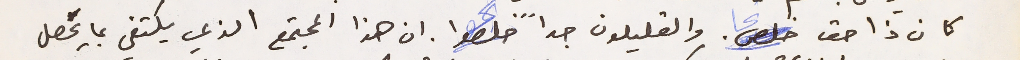
كان ذا حق خلص والقليلون جداً خلصوا. ان هذا المجتمع الذي يكتفي بما يحصل